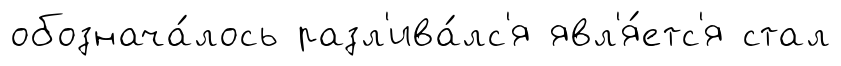
обознача́лось разл'ива́лс'я явл'я́етс'я стал